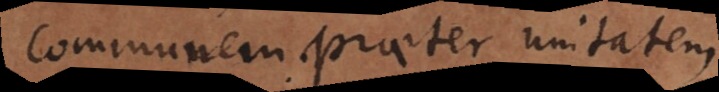
communem praeter unitatem.